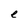
Character: e